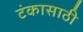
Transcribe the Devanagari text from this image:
टंकासाठी